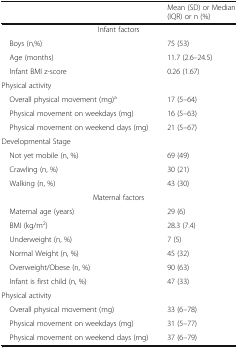
<table><thead><tr><td></td><td><b>Mean (SD) or Median (IQR) or n (%)</b></td></tr></thead><tbody><tr><td colspan="2">Infant factors</td></tr><tr><td> Boys (n,%)</td><td>75 (53)</td></tr><tr><td> Age (months)</td><td>11.7 (2.6–24.5)</td></tr><tr><td> Infant BMI z-score</td><td>0.26 (1.67)</td></tr><tr><td colspan="2">Physical activity</td></tr><tr><td> Overall physical movement (mg)<sup>a</sup></td><td>17 (5–64)</td></tr><tr><td> Physical movement on weekdays (mg)</td><td>16 (5–63)</td></tr><tr><td> Physical movement on weekend days (mg)</td><td>21 (5–67)</td></tr><tr><td colspan="2">Developmental Stage</td></tr><tr><td> Not yet mobile (n, %)</td><td>69 (49)</td></tr><tr><td> Crawling (n, %)</td><td>30 (21)</td></tr><tr><td> Walking (n, %)</td><td>43 (30)</td></tr><tr><td colspan="2">Maternal factors</td></tr><tr><td> Maternal age (years)</td><td>29 (6)</td></tr><tr><td> BMI (kg/m<sup>2</sup>)</td><td>28.3 (7.4)</td></tr><tr><td> Underweight (n, %)</td><td>7 (5)</td></tr><tr><td> Normal Weight (n, %)</td><td>45 (32)</td></tr><tr><td> Overweight/Obese (n, %)</td><td>90 (63)</td></tr><tr><td> Infant is first child (n, %)</td><td>47 (33)</td></tr><tr><td colspan="2">Physical activity</td></tr><tr><td> Overall physical movement (mg)</td><td>33 (6–78)</td></tr><tr><td> Physical movement on weekdays (mg)</td><td>31 (5–77)</td></tr><tr><td> Physical movement on weekend days (mg)</td><td>37 (6–79)</td></tr></tbody></table>